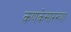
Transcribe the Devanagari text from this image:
कणकेसारख्या